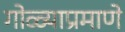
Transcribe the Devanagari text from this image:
गोळ्याप्रमाणे